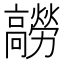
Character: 髝